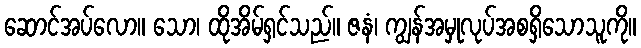
ဆောင်အပ်လော။ သော၊ ထိုအိမ်ရှင်သည်။ ဇနံ၊ ကျွန်အမှုလုပ်အစရှိသောသူကို။